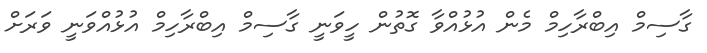
ގާސިމް އިބްރާހިމް މެން އުޅުއްވާ ގޮތުން ހީވަނީ ގާސިމް އިބްރާހިމް އުޅުއްވަނީ ވަރަށް